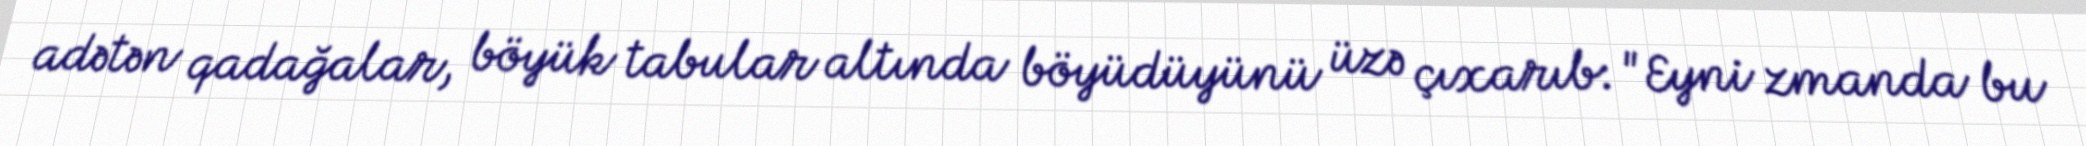
adətən qadağalar, böyük tabular altında böyüdüyünü üzə çıxarıb: "Eyni zmanda bu